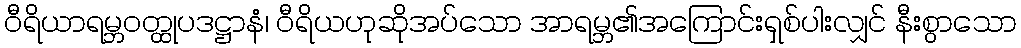
ဝီရိယာရမ္ဘဝတ္ထုပဒဋ္ဌာနံ၊ ဝီရိယဟုဆိုအပ်သော အာရမ္ဘ၏အကြောင်းရှစ်ပါးလျှင် နီးစွာသော